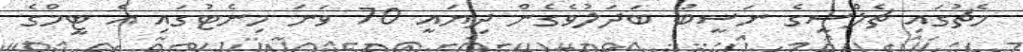
މެޗުގައި ޗެލްސީގެ ނަސީބު ބަދަލުވެގެން ދިޔައީ 70 ވަނަ މިނެޓުގައި އެ ޓީމްގެ